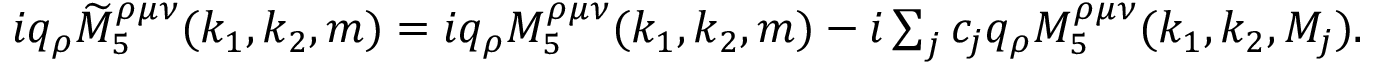
\begin{array} { r } { i q _ { \rho } \widetilde { M } _ { 5 } ^ { \rho \mu \nu } ( k _ { 1 } , k _ { 2 } , m ) = i q _ { \rho } M _ { 5 } ^ { \rho \mu \nu } ( k _ { 1 } , k _ { 2 } , m ) - i \sum _ { j } c _ { j } q _ { \rho } M _ { 5 } ^ { \rho \mu \nu } ( k _ { 1 } , k _ { 2 } , M _ { j } ) . } \end{array}